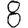
Digit: 8